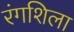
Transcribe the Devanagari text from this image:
रंगशिला